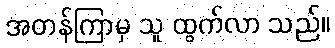
အတန်ကြာမှ သူ ထွက်လာ သည်။